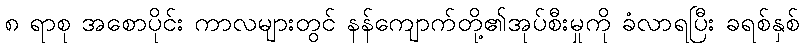
၈ ရာစု အစောပိုင်း ကာလများတွင် နန်ကျောက်တို့၏အုပ်စီးမှုကို ခံလာရပြီး ခရစ်နှစ်